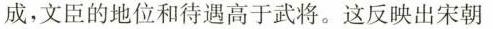
成，文臣的地位和待遇高于武将。这反映出宋朝